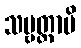
သဗ္ဗတ္ထာပိ